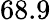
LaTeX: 68.9